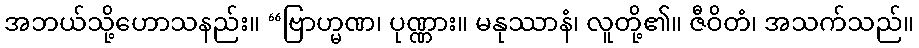
အဘယ်သို့ဟောသနည်း။ “ဗြာဟ္မဏ၊ ပုဏ္ဏား။ မနုဿာနံ၊ လူတို့၏။ ဇီဝိတံ၊ အသက်သည်။